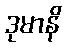
ဒုမာနိ